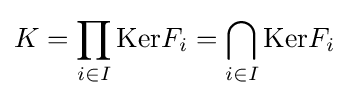
K=\prod _{i\in I}\mathrm {Ker} F_{i}=\bigcap _{i\in I}\mathrm {Ker} F_{i}